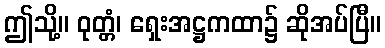
ဤသို့။ ဝုတ္တံ၊ ရှေးအဋ္ဌကထာ၌ ဆိုအပ်ပြီ။